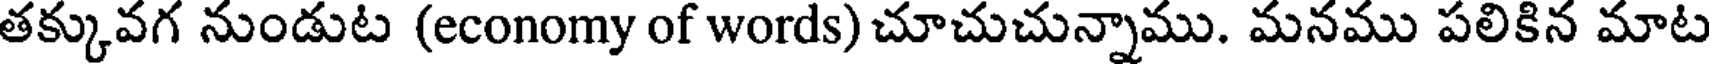
తక్కువగ నుండుట (economy of words) చూచుచున్నాము. మనము పలికిన మాట